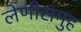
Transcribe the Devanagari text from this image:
लेणीसमुह